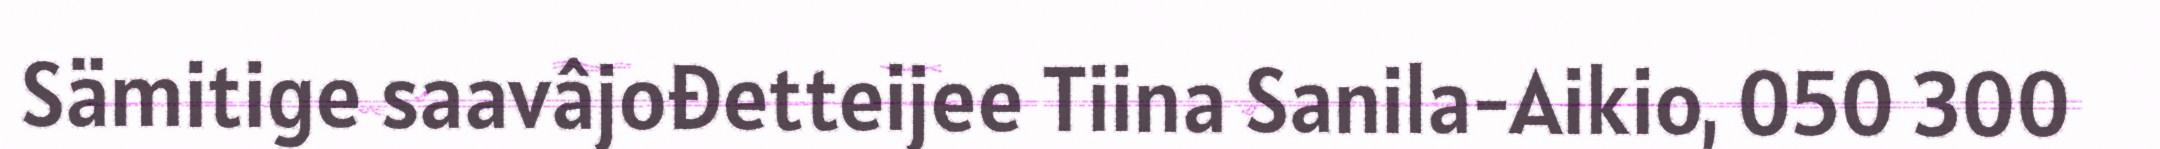
Sämitige saavâjođetteijee Tiina Sanila-Aikio, 050 300